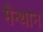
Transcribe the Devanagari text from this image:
मैन्थान